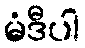
မံဒီပါ